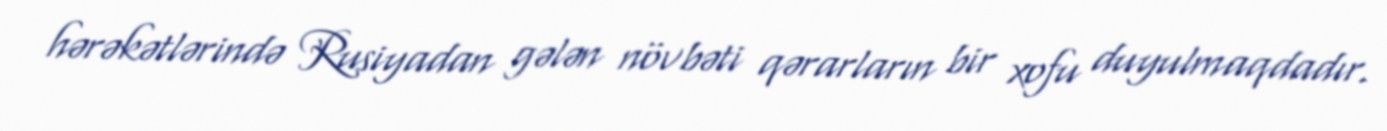
hərəkətlərində Rusiyadan gələn növbəti qərarların bir xofu duyulmaqdadır.